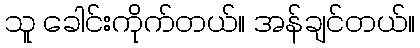
သူ ခေါင်းကိုက်တယ်။ အန်ချင်တယ်။